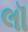
લૉ